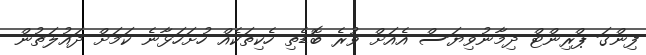
ފިންގަ ޕްރިންޓް ދިމާނުވިޔަސް އެއަށް ވުރެ ބޮޑެތި ހެކިތަކެއް ހުށަހަޅާނެ ކަމަށް ދައުލަތުން